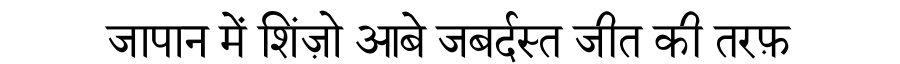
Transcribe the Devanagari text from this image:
जापान में शिंज़ो आबे जबर्दस्त जीत की तरफ़